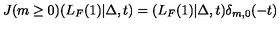
J ( m \ge 0 ) ( L _ { F } ( 1 ) | \Delta , t ) = ( L _ { F } ( 1 ) | \Delta , t ) \delta _ { m , 0 } ( - t )